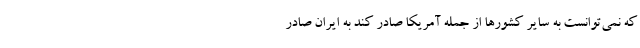
که نمی‌توانست به سایر کشورها از جمله آمریکا صادر کند به ایران صادر